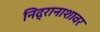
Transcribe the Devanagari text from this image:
निद्रानाशावर